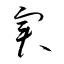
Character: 実